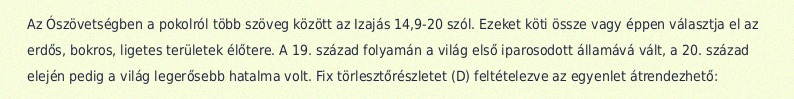
Az Ószövetségben a pokolról több szöveg között az Izajás 14,9-20 szól. Ezeket köti össze vagy éppen választja el az erdős, bokros, ligetes területek élőtere. A 19. század folyamán a világ első iparosodott államává vált, a 20. század elején pedig a világ legerősebb hatalma volt. Fix törlesztőrészletet (D) feltételezve az egyenlet átrendezhető: